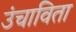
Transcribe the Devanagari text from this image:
उंचाविता